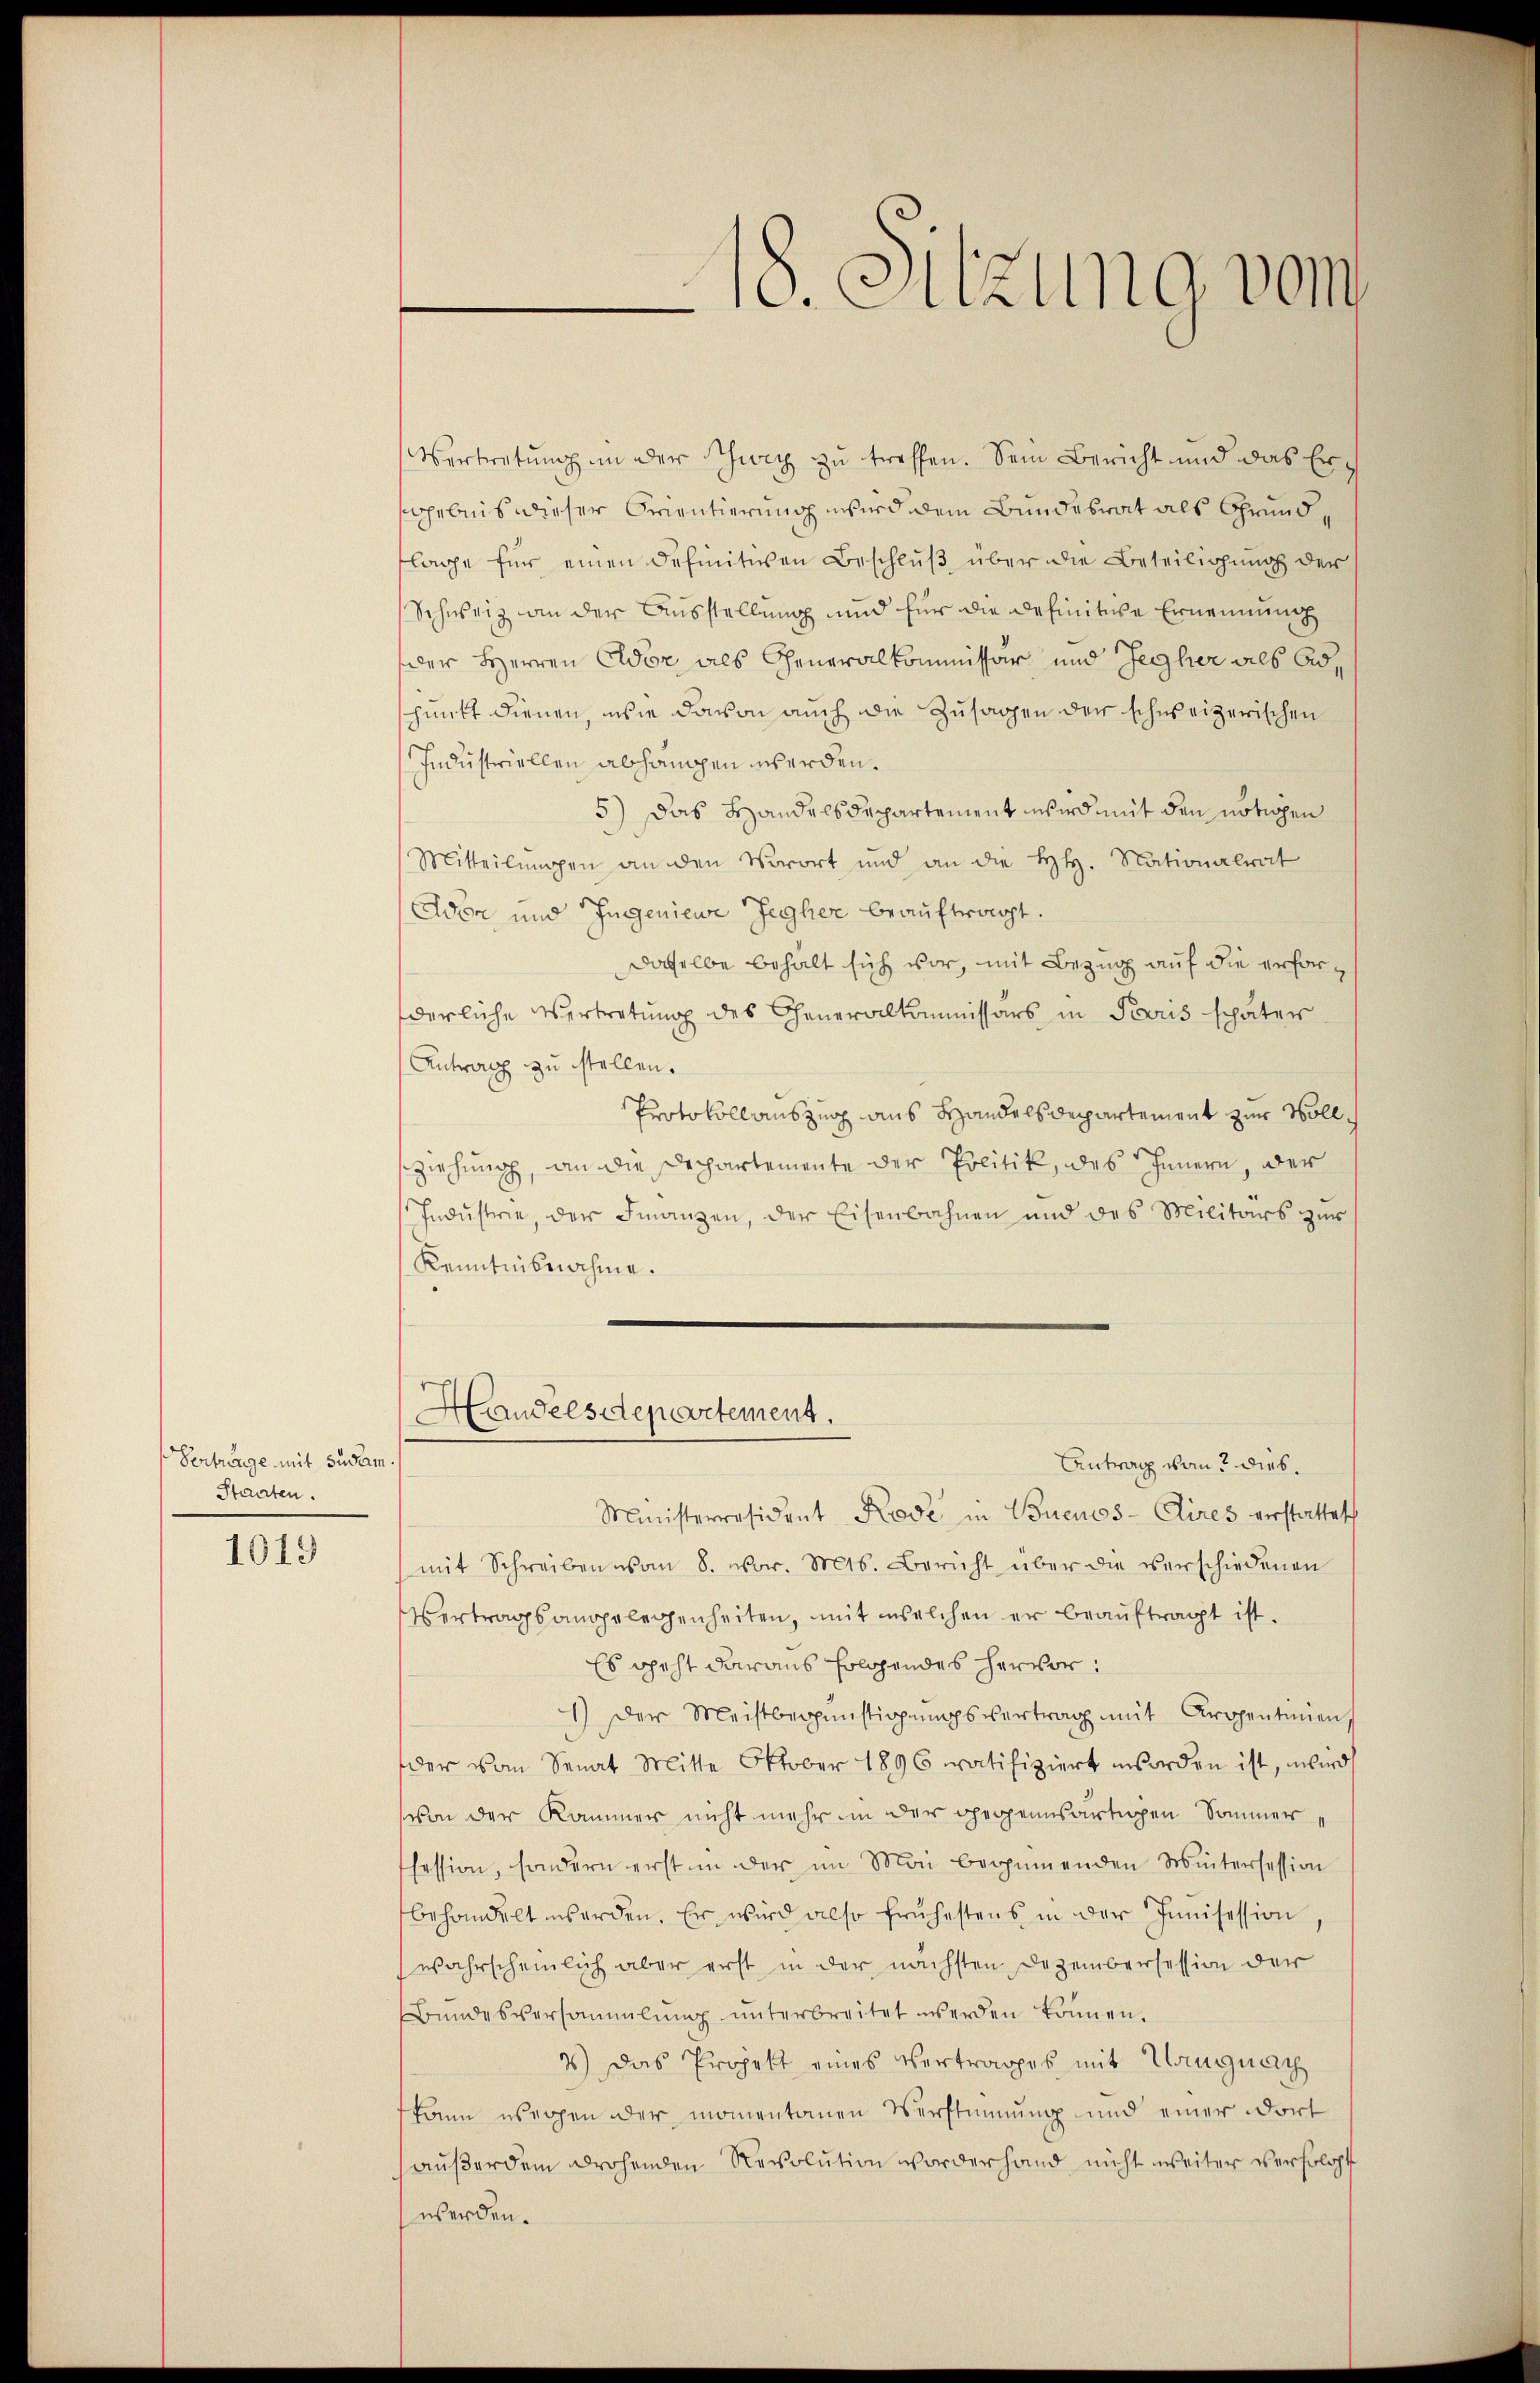
Vertrenge mit sudam.
Staaten.

1019

Vertretung in der Schweiz zu treffen. Sein Bericht und das Ergebnis dieser Orientierung wird dem Bundesrat als Grundflage für einen Definitiven Beschluß über die Beteiligung der
Schweiz an der Ausstellung und für die Definitive Ernennung
der Herren Ador als Generalkommissär und Jegher als Adschnitt dienen, wie davon auch die Zusagen der schweizerischen
Industriellen abhangen werden.
5) Das Handelsdepartement wird mit den nötigen
Mitteilungen an den Vorort und an die HH. Nationalrat
Adon und Ingeniewe Jegher beauftragt.
daselbe behalt sich vor, mit Bezug auf die erforderliche Vertretung des Generalkommissärs in Paris später
Antrag zu stellen.
Protokoll auszug aus Handelsdepartement zur Vollsziehung, an die Dechartemente der Politik, des Innern, der
Indŭstrie, der Finanzen, der Eisenbahnen und des Militärs zŭr
Kenntnisnahme.
Handelsdepartement.
Antrag vom 2. dies¬
Ministerresident Kode in Buenos-Aires erstattetch
mit Schreiben vom 8. war. Mts. Bericht über die verschiedenen
Vertragsangelegenheiten, mit welchen er beauftragt ist.
Es geht daraus folgendes hervor:
1) Der Meistbegünstigungsvertrag mit Kropentinien,
der vom Senat Mitte Oktober 1896 ratifiziert worden ist, wird
von der Kammer nicht mehr in der gegensartigen Sommer
fession, sondern erst in der im Man beginnenden Wintersession
behandelt werden. Er wird also frühestens in der Innisession
wahrscheinlich aber erst in der nächsten Dezembersession der
Bŭndesversammlung unterbreitet werden können.
4) Das Projekt eines Vertrages mit Langnay
kann wegen der momentanen Verstimmung und einer dort
haußerdem drohenden Revolution worderhand nicht weiter verfolgt
werden.

18. Sitzung vom